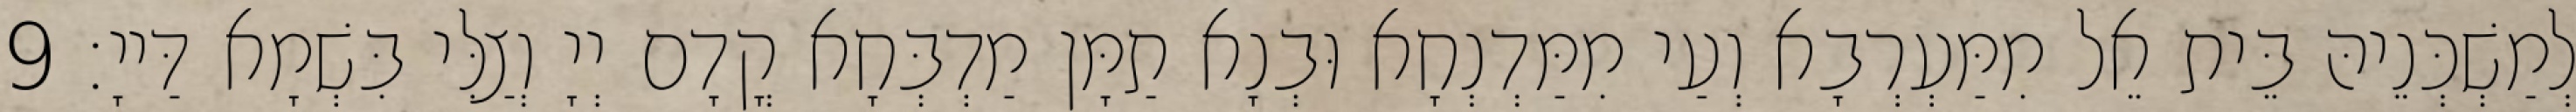
לְמַשְׁכְּנֵיהּ בֵּית אֵל מִמַּעְרְבָא וְעַי מִמַּדְנְחָא וּבְנָא תַמָּן מַדְבְּחָא קֳדָם יְיָ וְצַלִּי בִּשְׁמָא דַּייָ׃ 9